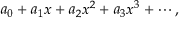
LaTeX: a _ { 0 } + a _ { 1 } x + a _ { 2 } x ^ { 2 } + a _ { 3 } x ^ { 3 } + \cdots ,